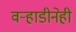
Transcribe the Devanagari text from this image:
वऱ्हाडीनेही